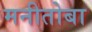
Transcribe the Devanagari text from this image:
मनीतोबा